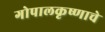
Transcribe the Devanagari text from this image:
गोपालकृष्णाचे